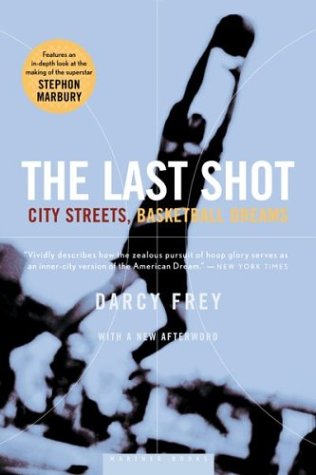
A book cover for The Last Shot: City Streets, Basketball Dreams; Darcy Frey; Sports & Outdoors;